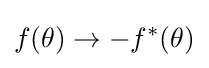
f(\theta )\rightarrow -f^{*}(\theta )